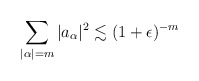
\begin{align*} \sum_{|\alpha|=m}|a_{\alpha}|^2 \lesssim (1+\epsilon)^{-m}\end{align*}